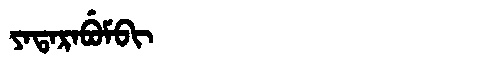
Manchu: ᠶᠠᡨᠠᡵᠠᠪᡠᠮᠪᡳ
Romanization: YATARABUMBI